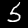
Digit: 5